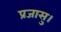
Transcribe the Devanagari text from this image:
प्रजासु।